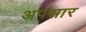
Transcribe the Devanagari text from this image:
अपसार